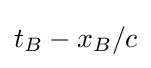
t_{B}-x_{B}/c